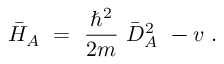
\bar { H } _ { A } \ = \ \frac { \hbar ^ { 2 } } { 2 m } \ \bar { D } _ { A } ^ { 2 } \ - v \ .